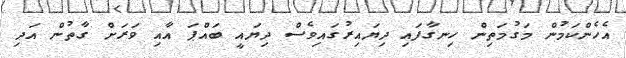
އެހެންކަމުން މަގުމަތިން ހިނގާފައި ދިޔައިރުގައިވެސް ދިޔައީ ބައްޕަ އާއި ވަރަށް ގާތުން އަދި